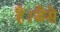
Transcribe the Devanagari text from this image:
हैं।जैसे